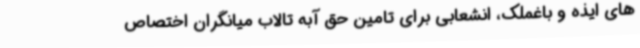
های ایذه و باغملک، انشعابی برای تامین حق آبه تالاب میانگران اختصاص